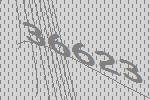
36623